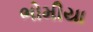
ભોમીયા